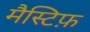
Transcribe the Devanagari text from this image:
मैस्टिफ़